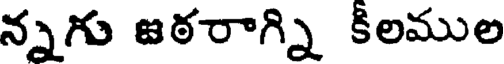
న్నగు జఠరాగ్ని కీలముల